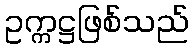
ဥက္ကဋ္ဌဖြစ်သည်